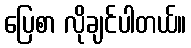
ပြေစာ လိုချင်ပါတယ်။